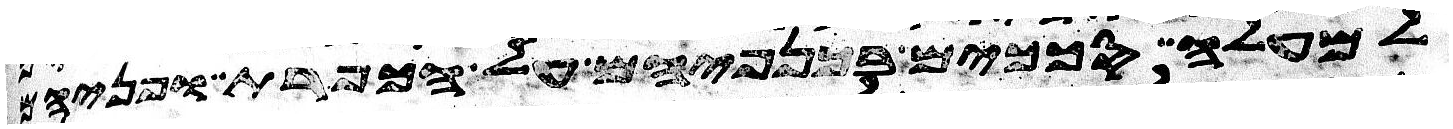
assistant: למעלה סככים בכנפיהם על הכפרת ופניהם